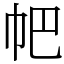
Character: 帊